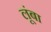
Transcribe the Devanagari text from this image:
लूंबा